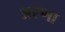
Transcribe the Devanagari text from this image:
अरणा